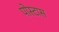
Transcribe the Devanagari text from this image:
पोस्टास